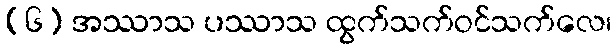
(၆) အဿာသ ပဿာသ ထွက်သက်ဝင်သက်လေ၊